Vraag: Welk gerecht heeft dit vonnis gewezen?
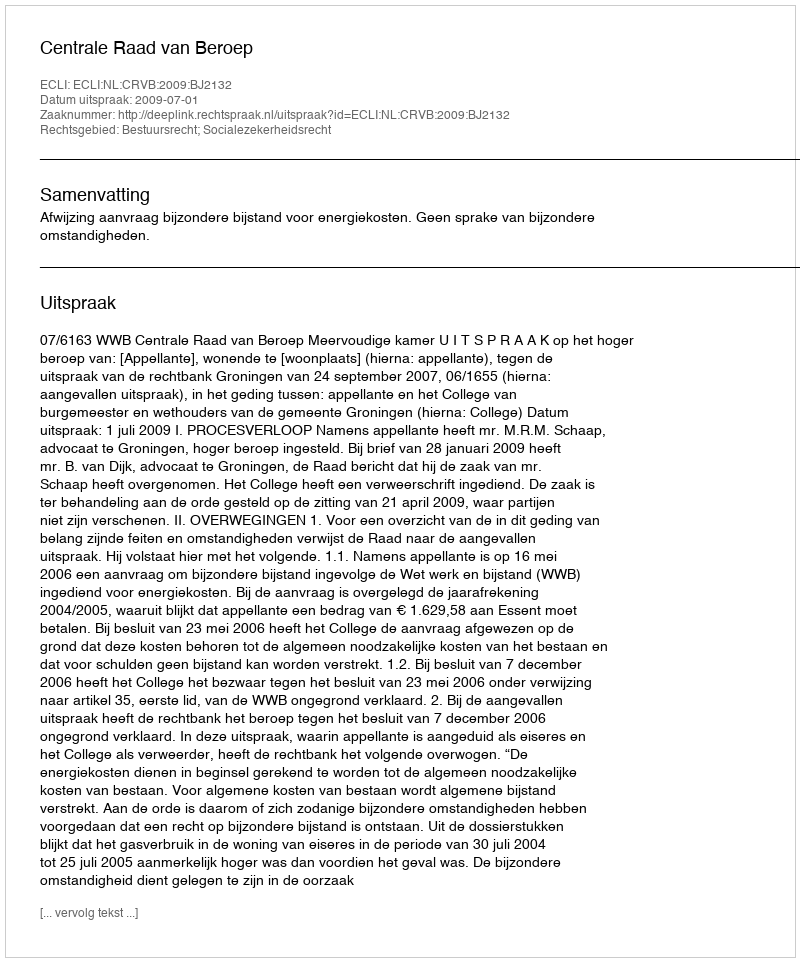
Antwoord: Centrale Raad van Beroep